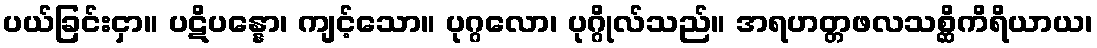
ပယ်ခြင်းငှာ။ ပဋိပန္နော၊ ကျင့်သော။ ပုဂ္ဂလော၊ ပုဂ္ဂိုလ်သည်။ အရဟတ္တဖလသစ္ဆိကိရိယာယ၊